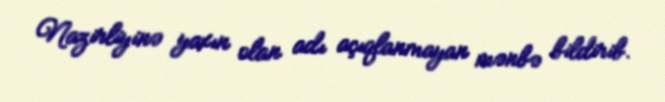
Nazirliyinə yaxın olan adı açıqlanmayan mənbə bildirib.